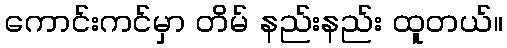
ကောင်းကင်မှာ တိမ် နည်းနည်း ထူတယ်။